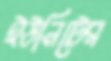
ইউনিটের